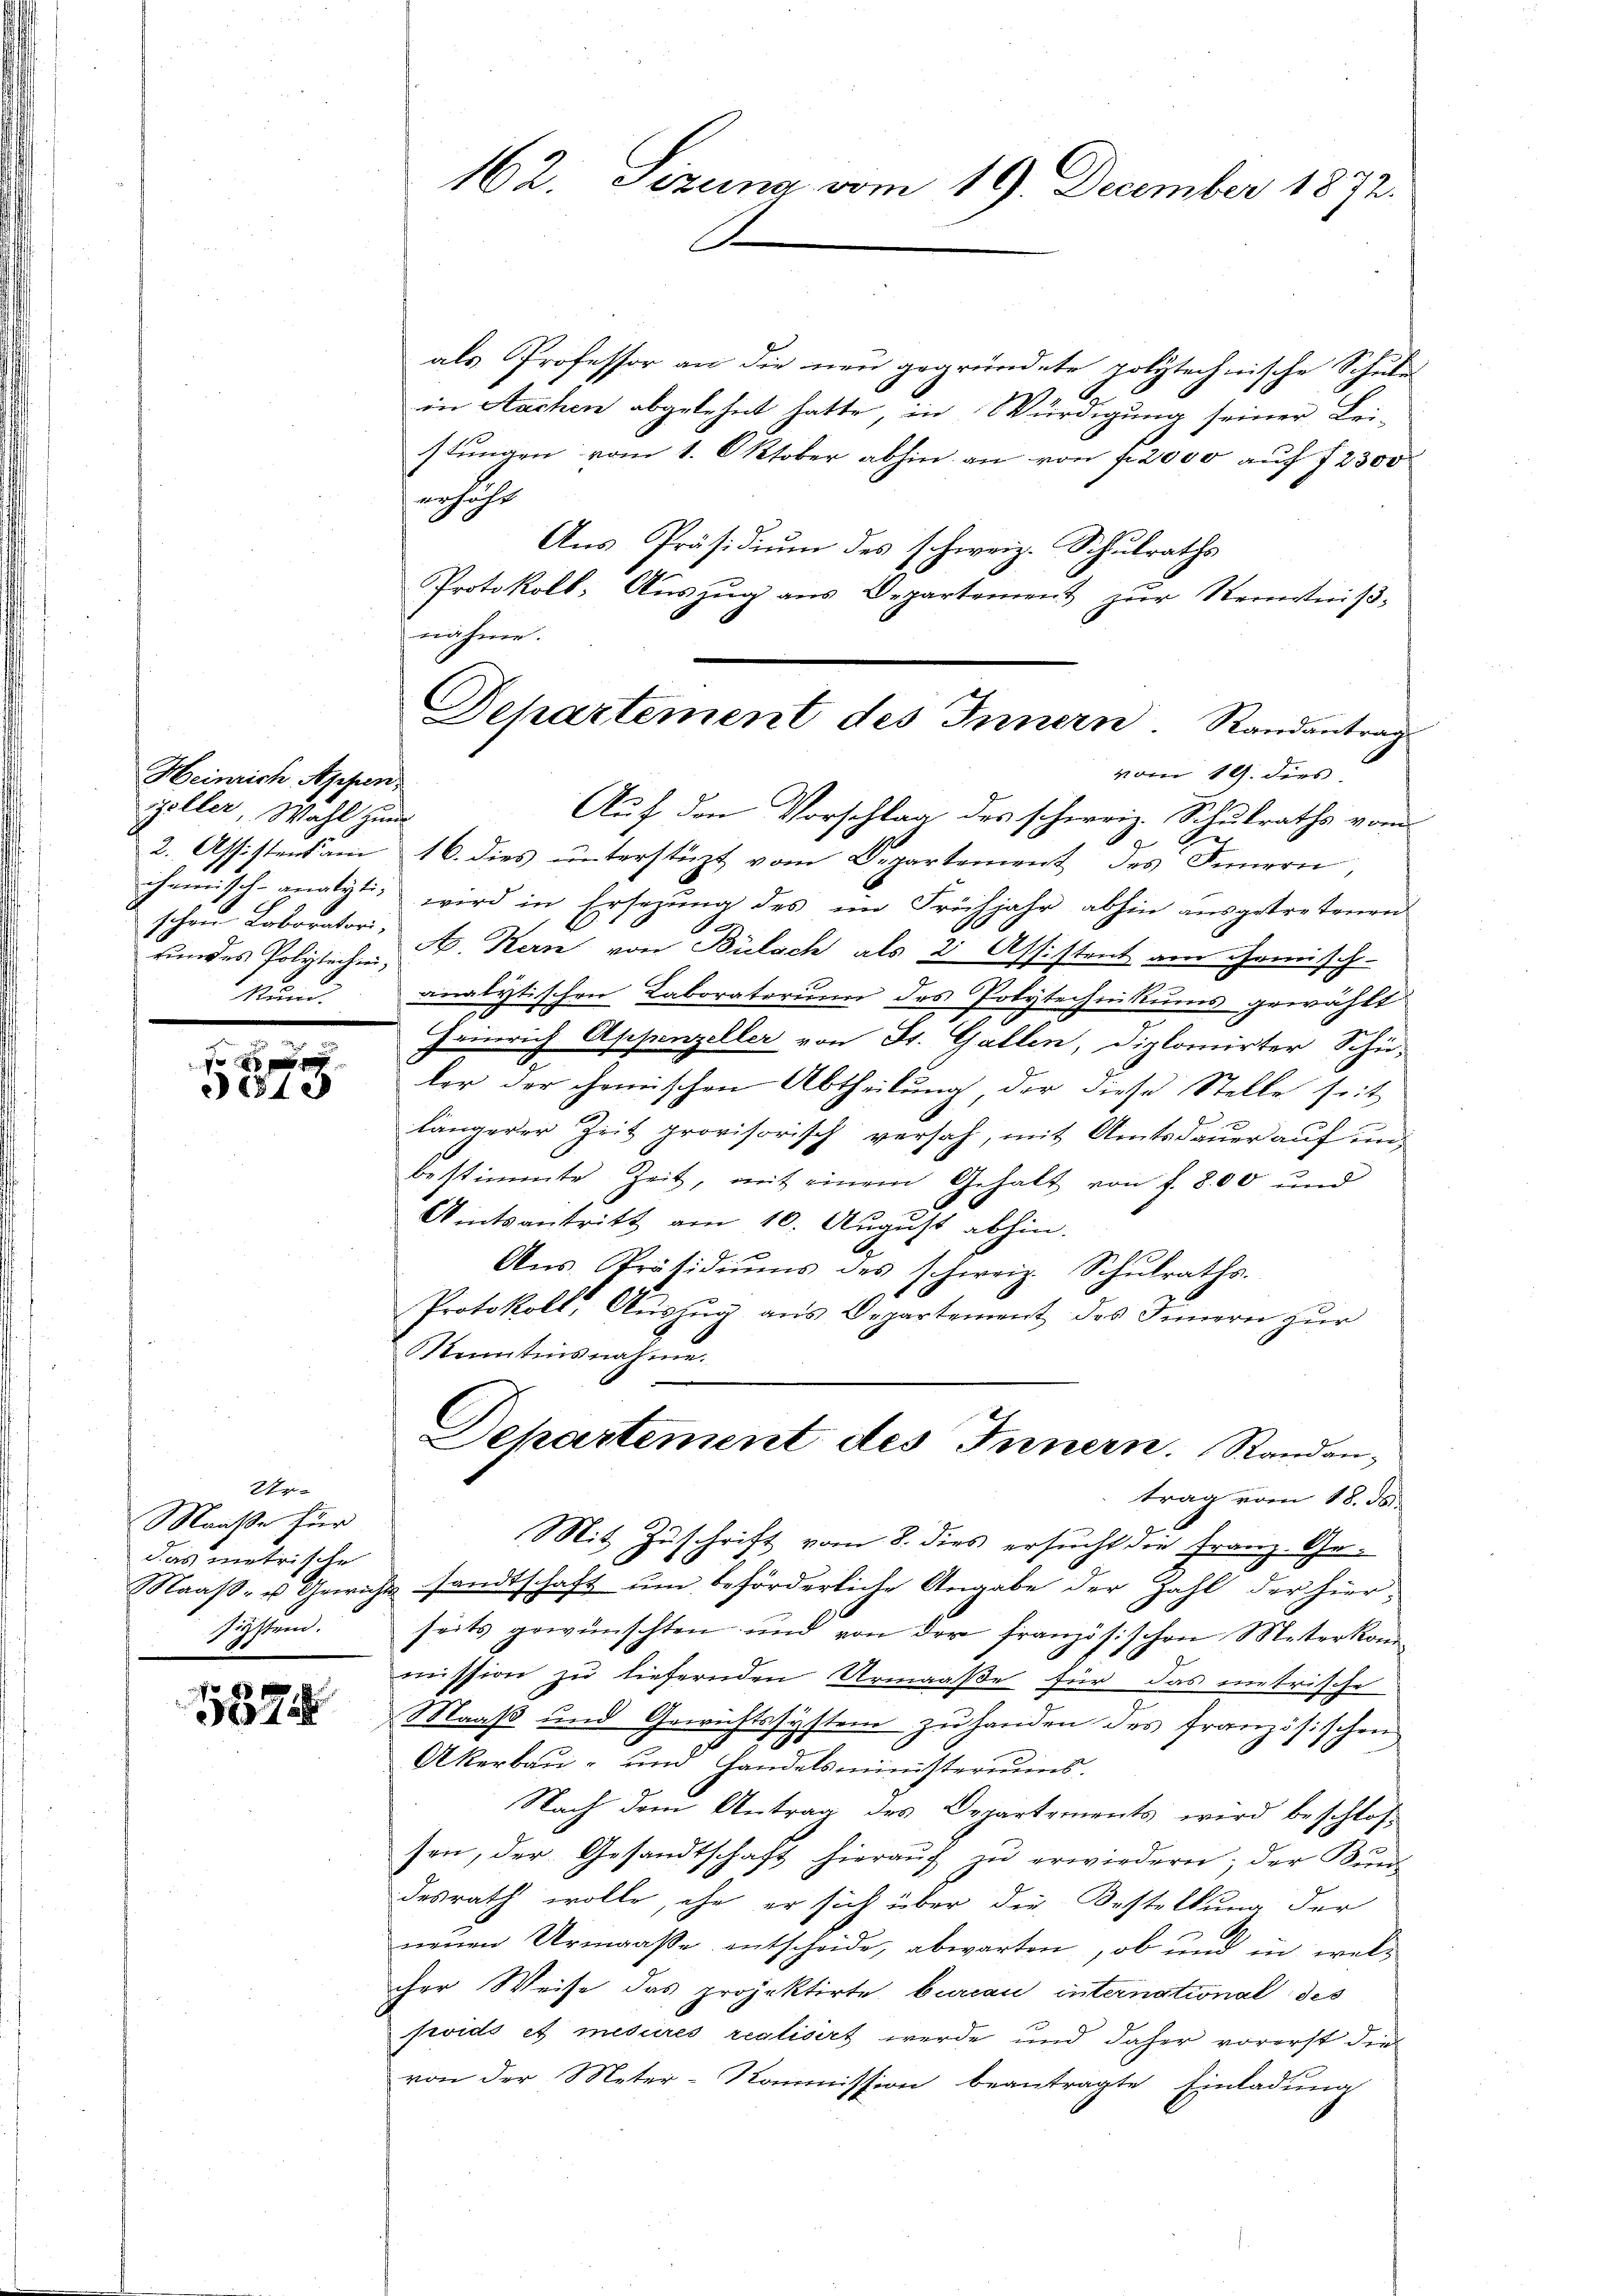
Heinrich Appen
Zöller, Wahl zum
2. Attistent am
chanische analistikundes Polytechni¬
Nund.

x
540

Ur-
Maaße für
das metrische
Maaβ- u Gewiche
sistend.

1874

162. Sezuna vom 19. December 1872.
A

C
Departement des Innern. Randantrag
vom 19. dies

als Professor an die neu gegründete polytechnische Schule
6
in Aachen abgelehnt hatte, in Würdigung seiner Bei-
stungen vom 1. Oktober abhin an von fl. 2000 auf 72300
erhöht
Aus Präsidium des schweiz. Schulraths
Protokoll- Aŭszŭg ans Departement zŭr Kenntniβ-
nähme.
Auf den Vorschlag des schweiz. Schulraths vom
16. dies ŭnterstüzt vom Departement des Innern,
wird in Ersezung des im Frühjahr abhin ausgetretenen
schen Laborator, A. Kern von Bülach als 2 Assistent am Gemisch-
analytischen Laboraterium des Polytechnikums gewählt
Heinrich Appenzeller von St. Gallen, Diplomirter Schu-
ler der chemischen Abtheilung, der diese Stelle seit
be
längerer Zeit provisorisch versah, mit Amtsdauer auf unbestimmte Zeit, mit einem Gehalt von f. 800 und
Amtsantritt am 10. August abhin.
x
Ans Präsidiŭms des schweiz. Schŭlraths.
Protokoll, Auszug aus Departement des Innern zur
Kenntnisnahme.
Departement des Innern. Randantrag vom 18. ds.
Mit Zuschrift vom 8. dies ersucht die Franz-Ge¬
& sandtschaft um beförderliche Angabe der Zahl der hier-
seits gewünschten und von der französischen Meterkommission zu liefernden Urmaaße für das metrische
Maaß und Gewichtssystem zu handen des französischen
Akerbau- und Handelsministeriums.
Nach dem Antrag des Departements wird beschlossen, der Gesandtschaft hierauf zu erwiedern; der Kundesrath wolle, ehe er sich über die Bestellung der
neuen Urmaaße entscheide, abwarten, ob und in welcher Weise das projektirte bureau international des
svids et mesures realisirt werde und daher vorerst die
von der Meter-Kommission beantragte Einladung